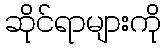
ဆိုင်ရာများကို